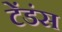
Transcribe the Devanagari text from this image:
टेंडंस